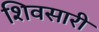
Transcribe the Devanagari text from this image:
शिवसारी